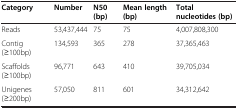
<table><thead><tr><td><b>Category</b></td><td><b>Number</b></td><td><b>N50 (bp)</b></td><td><b>Mean length (bp)</b></td><td><b>Total nucleotides (bp)</b></td></tr></thead><tbody><tr><td>Reads</td><td>53,437,444</td><td>75</td><td>75</td><td>4,007,808,300</td></tr><tr><td>Contig(≥100bp)</td><td>134,593</td><td>365</td><td>278</td><td>37,365,463</td></tr><tr><td>Scaffolds(≥100bp)</td><td>96,771</td><td>643</td><td>410</td><td>39,705,034</td></tr><tr><td>Unigenes(≥200bp)</td><td>57,050</td><td>811</td><td>601</td><td>34,312,642</td></tr></tbody></table>